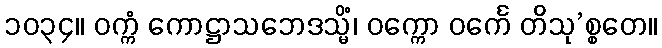
၁၀၃၄။ ဝက္ကံ ကောဋ္ဌာသဘေဒသ္မိံ၊ ဝက္ကော ဝင်္ကေ တိသု’စ္စတေ။